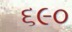
૬૯૦